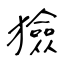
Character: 獫